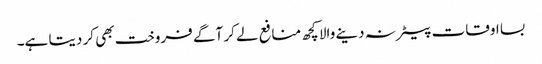
بسا اوقات بیعانہ دینے والا کچھ منافع لے کر آگے فروخت بھی کر دیتا ہے۔